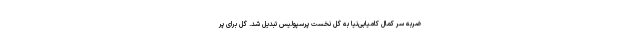
ضربه سر کمال کامیابی‌نیا به گل نخست پرسپولیس تبدیل شد. گل برای پر